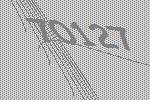
70127